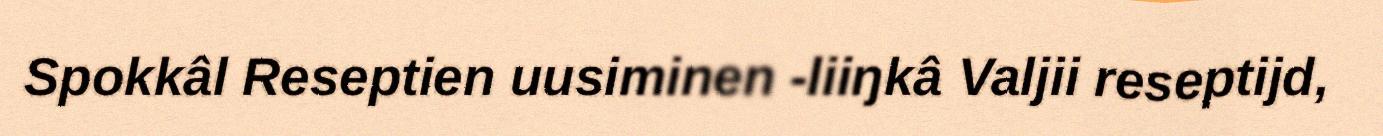
Spokkâl Reseptien uusiminen -liiŋkâ Valjii reseptijd,